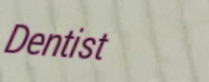
Dentist